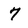
Character: 7